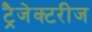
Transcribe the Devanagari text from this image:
ट्रैजेक्टरीज